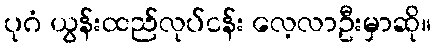
ပုဂံ ယွန်းထည်လုပ်ငန်း လေ့လာဦးမှာဆို။